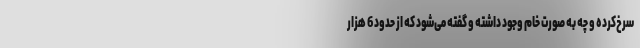
سرخ‌کرده و چه به صورت خام وجود داشته و گفته می‌شود که از حدود 6 هزار